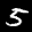
Label: 5